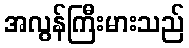
အလွန်ကြီးမားသည်